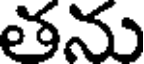
తను